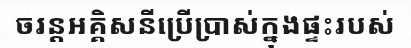
ចរន្តអគ្គិសនីប្រើប្រាស់ក្នុងផ្ទះរបស់